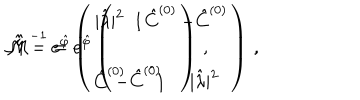
LaTeX: \hat { \cal M } = e ^ { \hat { \varphi } } \left( \begin{array} { c c } { { | \hat { \lambda } | ^ { 2 } } } & { { \hat { C } ^ { ( 0 ) } } } \\ { { } } & { { } } \\ { { \hat { C } ^ { ( 0 ) } } } & { { 1 } } \\ \end{array} \right) \, , \hspace { 1 c m } \hat { \cal M } ^ { - 1 } = e ^ { \hat { \varphi } } \left( \begin{array} { c c } { { 1 } } & { { - \hat { C } ^ { ( 0 ) } } } \\ { { } } & { { } } \\ { { - \hat { C } ^ { ( 0 ) } } } & { { | \hat { \lambda } | ^ { 2 } } } \\ \end{array} \right) \, ,